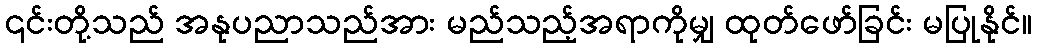
၎င်းတို့သည် အနုပညာသည်အား မည်သည့်အရာကိုမျှ ထုတ်ဖော်ခြင်း မပြုနိုင်။